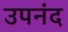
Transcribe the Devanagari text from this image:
उपनंद